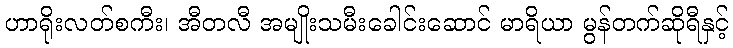
ဟာရိုးလတ်စကီး၊ အီတလီ အမျိုးသမီးခေါင်းဆောင် မာရိယာ မွန်တက်ဆိုရီနှင့်